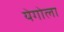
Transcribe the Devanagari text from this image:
येगोला